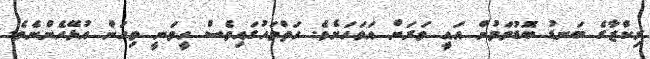
ރިކްޒާގެ ބަނޑު ބޮޑުވަމުން އައީ ވަރަށް އަވަހަށެވެ. ހަތްމަހުގައިވެސް ހީވަނީ ވިހަން އުޅޭހެންނެވެ.